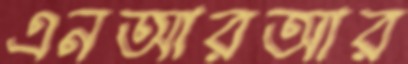
এনআরআর